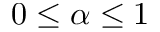
0 \le \alpha \le 1